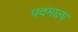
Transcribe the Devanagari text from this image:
पदमाला